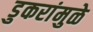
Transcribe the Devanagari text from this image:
डुकरांमुळे